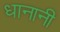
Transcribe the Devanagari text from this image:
धानानी